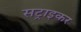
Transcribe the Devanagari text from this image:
सट्राइकर